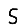
Digit: 5